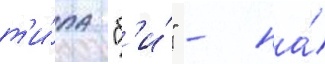
т'и́па "б'и́" - на́